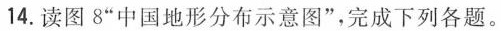
14.读图8”中国地形分布示意图”，完成下列各题。